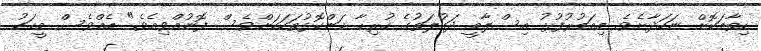
ހިތާމަކޮށް ނަހަދާށެވެ. މިއަމުރުފުޅު އިސްލާމީ ދައުލަތުގެ ހުރިހާ ކަންކޮޅުތަކަކަށްވެސް ފޮނުއްވިއެވެ." އެއްވެސް މީހަކު